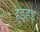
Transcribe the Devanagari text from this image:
हुइहइ